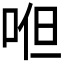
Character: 𭈂